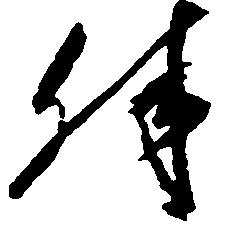
殊